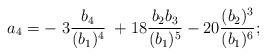
\begin{align*}a_4 = -\; 3 {b_4 \over (b_1)^4}\; + 18 {b_2 b_3\over (b_1)^5} - 20 {(b_2)^3\over(b_1)^6};\end{align*}